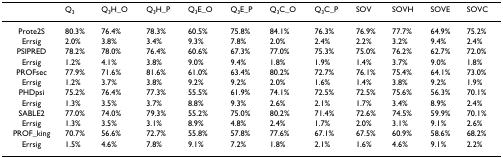
<table><thead><tr><td></td><td><b>Q<sub>3</sub></b></td><td><b>Q<sub>3</sub>H_O</b></td><td><b>Q<sub>3</sub>H_P</b></td><td><b>Q<sub>3</sub>E_O</b></td><td><b>Q<sub>3</sub>E_P</b></td><td><b>Q<sub>3</sub>C_O</b></td><td><b>Q<sub>3</sub>C_P</b></td><td><b>SOV</b></td><td><b>SOVH</b></td><td><b>SOVE</b></td><td><b>SOVC</b></td></tr></thead><tbody><tr><td>Prote2S</td><td>80.3%</td><td>76.4%</td><td>78.3%</td><td>60.5%</td><td>75.8%</td><td>84.1%</td><td>76.3%</td><td>76.9%</td><td>77.7%</td><td>64.9%</td><td>75.2%</td></tr><tr><td>Errsig</td><td>2.0%</td><td>3.8%</td><td>3.4%</td><td>9.3%</td><td>7.8%</td><td>2.0%</td><td>2.4%</td><td>2.2%</td><td>3.2%</td><td>9.4%</td><td>2.4%</td></tr><tr><td>PSIPRED</td><td>78.2%</td><td>78.0%</td><td>76.4%</td><td>60.6%</td><td>67.3%</td><td>77.0%</td><td>75.3%</td><td>75.0%</td><td>76.2%</td><td>62.7%</td><td>72.0%</td></tr><tr><td>Errsig</td><td>1.2%</td><td>4.1%</td><td>3.8%</td><td>9.0%</td><td>9.4%</td><td>1.8%</td><td>1.9%</td><td>1.4%</td><td>3.7%</td><td>9.0%</td><td>1.8%</td></tr><tr><td>PROFsec</td><td>77.9%</td><td>71.6%</td><td>81.6%</td><td>61.0%</td><td>63.4%</td><td>80.2%</td><td>72.7%</td><td>76.1%</td><td>75.4%</td><td>64.1%</td><td>73.0%</td></tr><tr><td>Errsig</td><td>1.2%</td><td>3.7%</td><td>3.8%</td><td>9.2%</td><td>9.2%</td><td>2.0%</td><td>1.6%</td><td>1.4%</td><td>3.8%</td><td>9.2%</td><td>1.9%</td></tr><tr><td>PHDpsi</td><td>75.2%</td><td>76.4%</td><td>77.3%</td><td>55.5%</td><td>61.9%</td><td>74.1%</td><td>72.5%</td><td>72.5%</td><td>75.6%</td><td>56.3%</td><td>70.1%</td></tr><tr><td>Errsig</td><td>1.3%</td><td>3.5%</td><td>3.7%</td><td>8.8%</td><td>9.3%</td><td>2.6%</td><td>2.1%</td><td>1.7%</td><td>3.4%</td><td>8.9%</td><td>2.4%</td></tr><tr><td>SABLE2</td><td>77.0%</td><td>74.0%</td><td>79.3%</td><td>55.2%</td><td>75.0%</td><td>80.2%</td><td>71.4%</td><td>72.6%</td><td>74.5%</td><td>59.9%</td><td>70.1%</td></tr><tr><td>Errsig</td><td>1.3%</td><td>3.5%</td><td>3.1%</td><td>8.9%</td><td>4.8%</td><td>2.4%</td><td>1.7%</td><td>2.0%</td><td>3.1%</td><td>9.1%</td><td>2.6%</td></tr><tr><td>PROF_king</td><td>70.7%</td><td>56.6%</td><td>72.7%</td><td>55.8%</td><td>57.8%</td><td>77.6%</td><td>67.1%</td><td>67.5%</td><td>60.9%</td><td>58.6%</td><td>68.2%</td></tr><tr><td>Errsig</td><td>1.5%</td><td>4.6%</td><td>7.8%</td><td>9.1%</td><td>7.2%</td><td>1.8%</td><td>2.1%</td><td>1.6%</td><td>4.6%</td><td>9.1%</td><td>2.2%</td></tr></tbody></table>